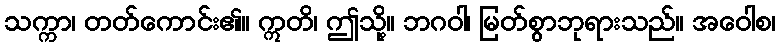
သက္ကာ၊ တတ်ကောင်း၏။ ဣတိ၊ ဤသို့။ ဘဂဝါ၊ မြတ်စွာဘုရားသည်။ အဝေါစ၊